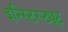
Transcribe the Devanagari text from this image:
इन्स्टिस्ट्यूट